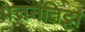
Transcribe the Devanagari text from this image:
पत्तनंतिट्टा